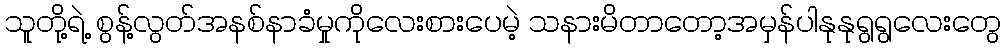
သူတို့ရဲ့ စွန့်လွတ်အနစ်နာခံမှုကိုလေးစားပေမဲ့ သနားမိတာတော့အမှန်ပါနုနုရွရွလေးတွေ